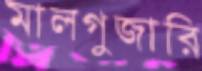
মালগুজারি